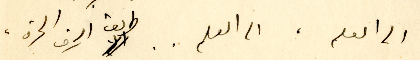
الى العلم، الى العالم .. طريق الحرف الحرة،